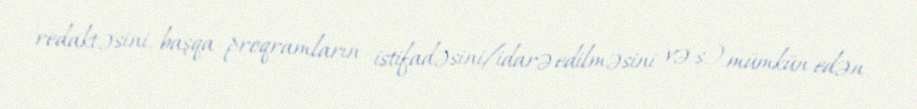
redaktəsini, başqa proqramların istifadəsini/idarə edilməsini və s.) mümkün edən